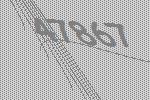
47867